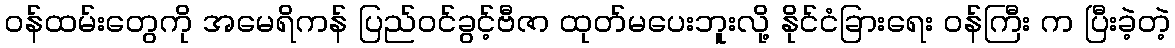
ဝန်ထမ်းတွေကို အမေရိကန် ပြည်ဝင်ခွင့်ဗီဇာ ထုတ်မပေးဘူးလို့ နိုင်ငံခြားရေး ဝန်ကြီး က ပြီးခဲ့တဲ့